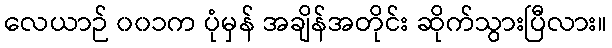
လေယာဉ် ၀၀၁က ပုံမှန် အချိန်အတိုင်း ဆိုက်သွားပြီလား။